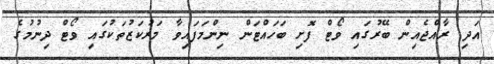
އަދި ރާއްޖެއިން ބޭރުގައި ވޯޓް ފޮށި ބަހައްޓަން ނިންމަފައިވާ މަރުކަޒުތަކުގައި ވޯޓް ދިނުމުގެ